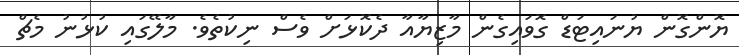
ޔޮންގޮން ޔުނައިޓަޑް ގޮވައިގެން މާޒިޔާއާ ދެކޮޅަށް ވެސް ނިކުތެވެ. މާލޭގައި ކުޅުނު މެޗް